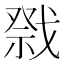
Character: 𭟷